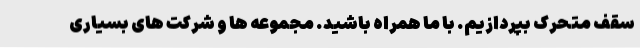
سقف متحرک بپردازیم. با ما همراه باشید. مجموعه ها و شرکت های بسیاری